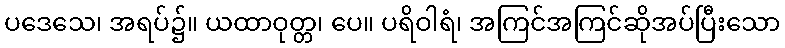
ပဒေသေ၊ အရပ်၌။ ယထာဝုတ္တ၊ ပေ။ ပရိဝါရံ၊ အကြင်အကြင်ဆိုအပ်ပြီးသော